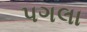
પગલા